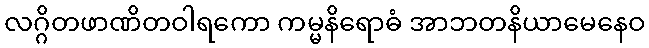
လဂ္ဂိတဖာဏိတဝါရကော ကမ္မနိရောဓံ အာဘတနိယာမေနေဝ